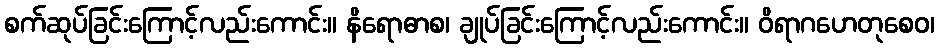
စက်ဆုပ်ခြင်းကြောင့်လည်းကောင်း။ နိရောဓာစ၊ ချုပ်ခြင်းကြောင့်လည်းကောင်း။ ဝိရာဂဟေတုစေဝ၊